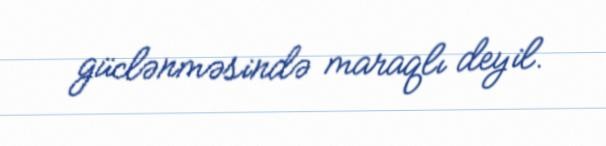
güclənməsində maraqlı deyil.